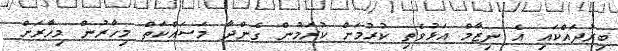
ބިރުދައްކައި އެ ނިޒާމް އަޅުވެތި ކުރުމަށް ކުރަމުން ގެންދާ މަސައްކަތް މިހާރުން މިހާރަށް